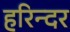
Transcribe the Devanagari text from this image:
हरिन्दर